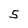
Character: 5